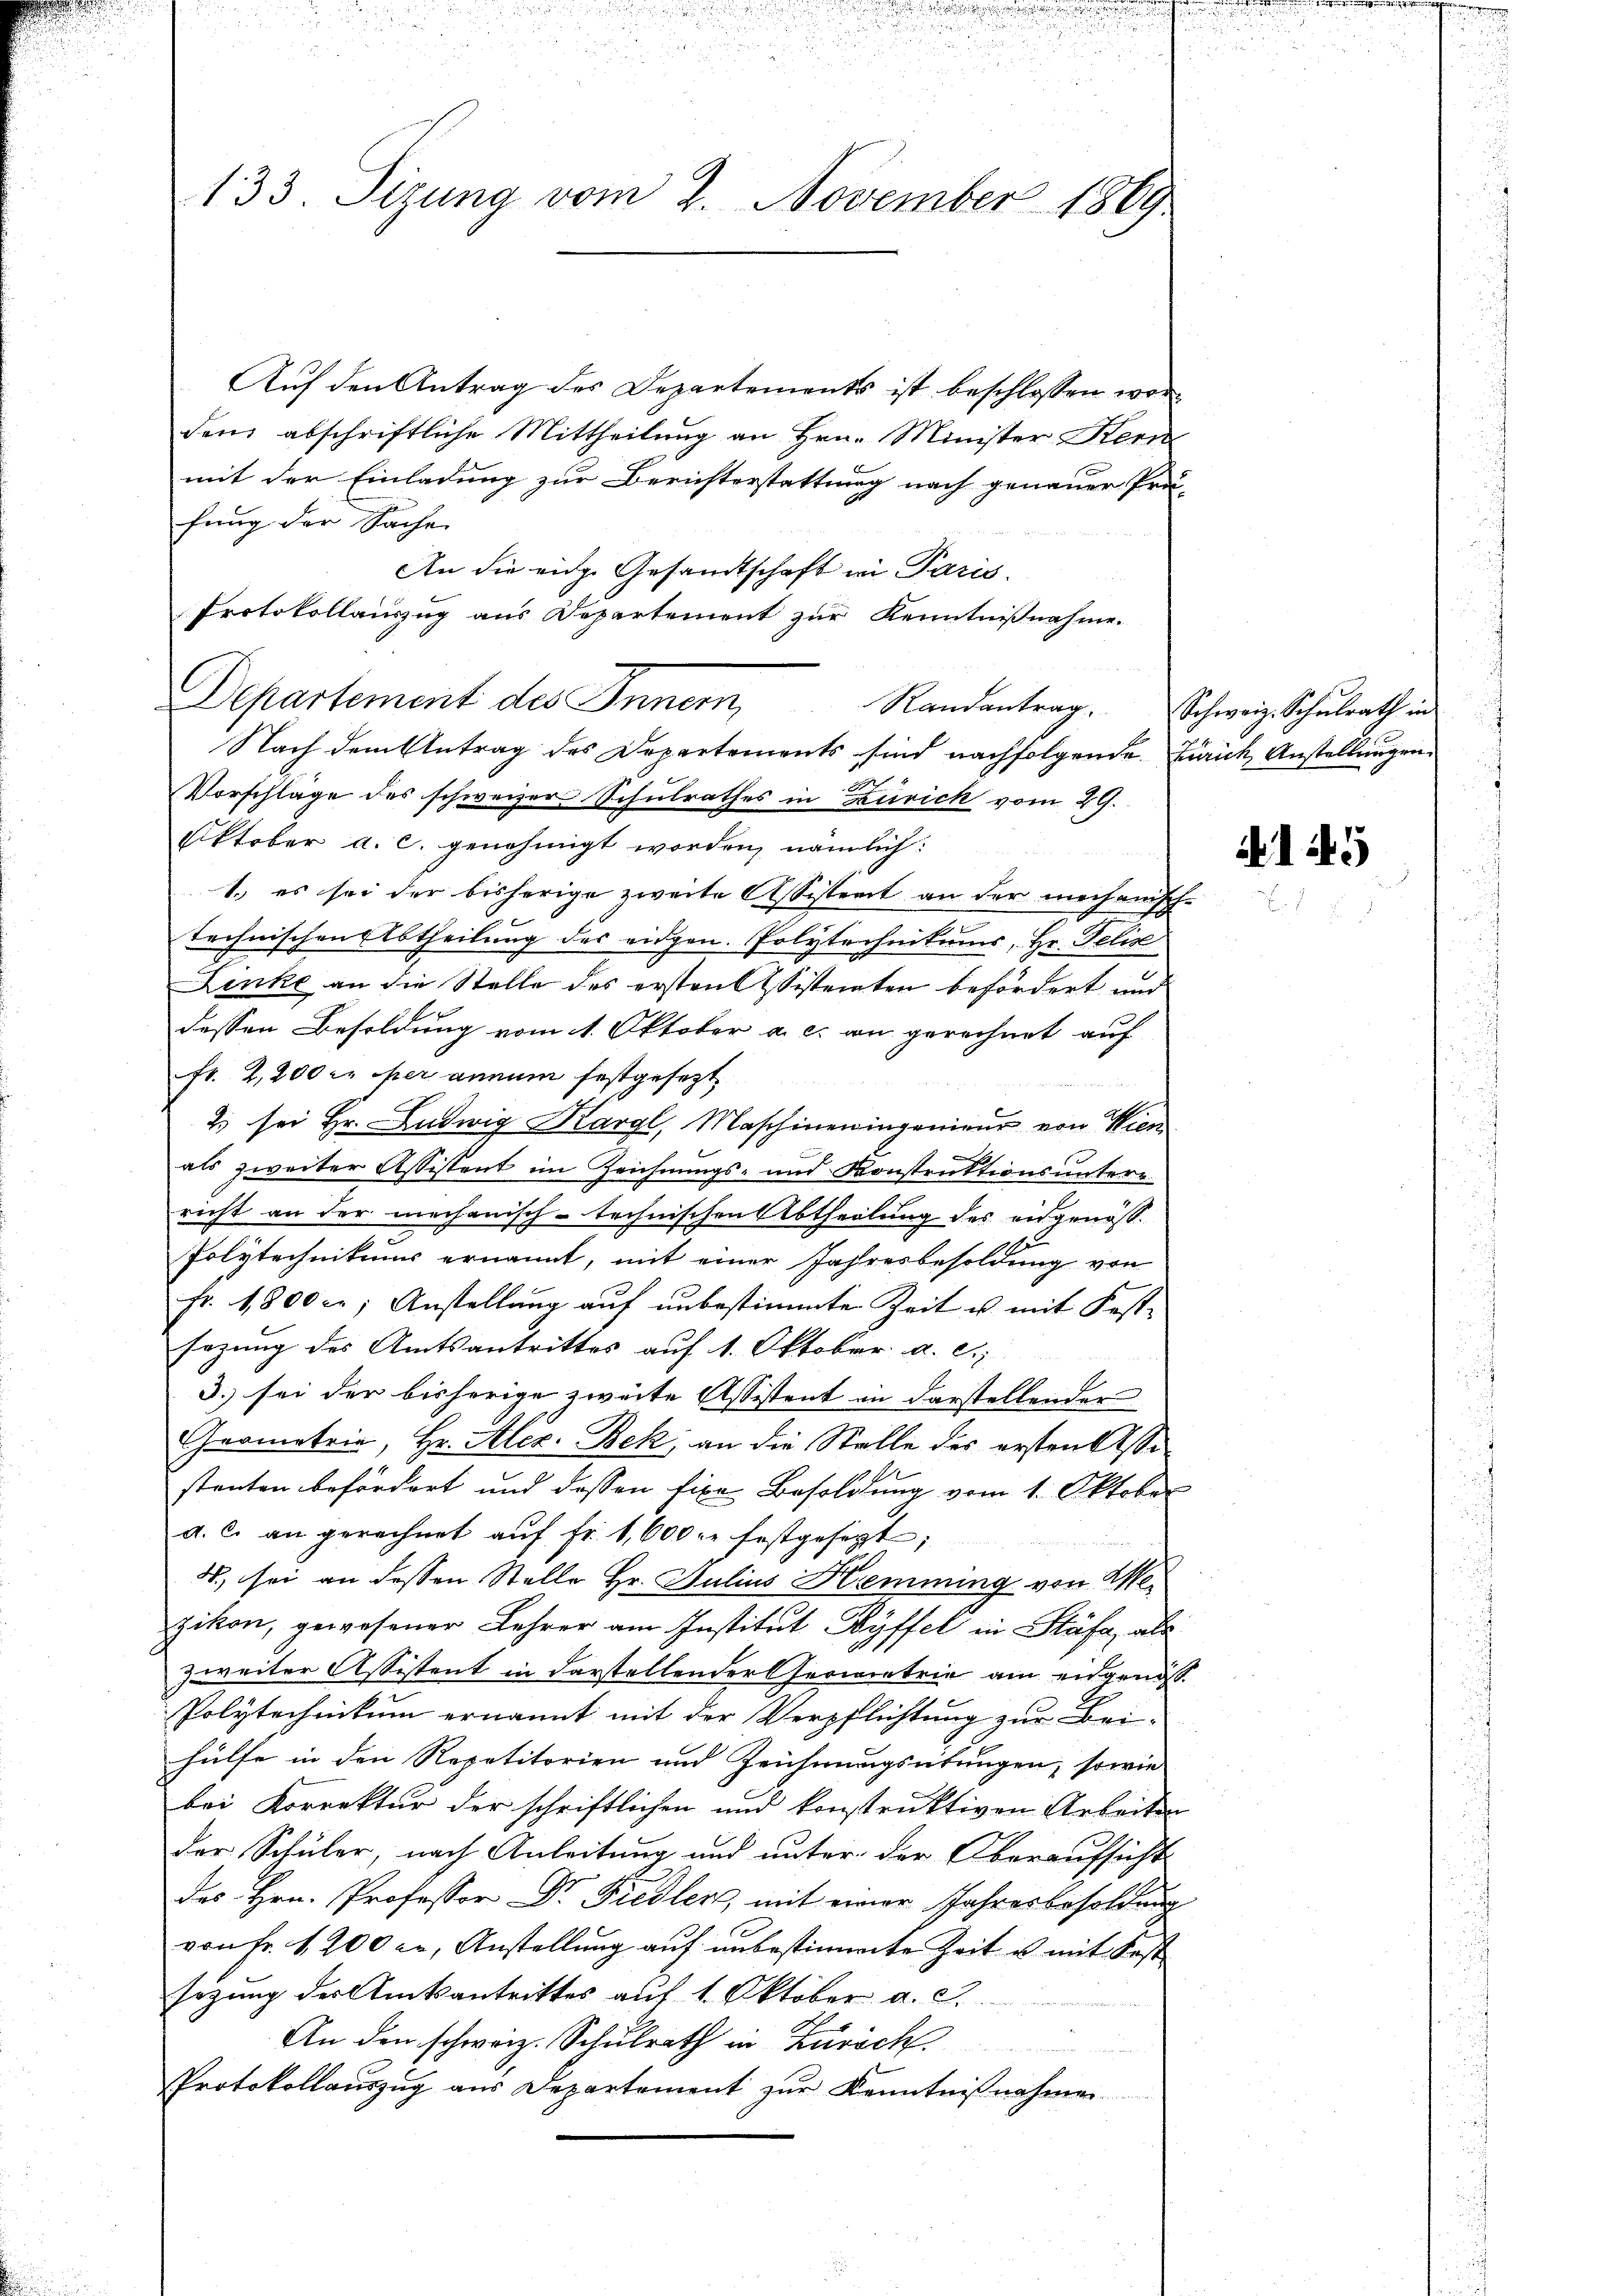
133. Sizung vom 2. November 1869

Auf den Antrag des Departements ist beschlossen worden abschriftliche Mittheilung an Hrn. Minister Kerne
mit der Einladung zur Berichterstattung nach genauer Prä-
fung der Sache
An die eiche Gesandtschaft in Paris.
Protokollauszug aus Departement zur Kenntnißnahme.

Departement des Innern,

Nach dem Antrag des Departements sind nachfolgende Zürich Anstellungen
Vorschlage des schweizer Schulrathes in Zürich vom 29.
Oktober a. c. genehmigt worden, nämlich:
1.) es sei der bisherige zweite Assistent an der mechanisch-
technischen Abtheilung des eidgen. Polytechnikums, Hr. Felix
Linke an die Stelle des ersten Wistenten befördert und
dessen Besoldung vom 1. Oktober a. c. an gerechnet auf
fr. 2,200 r. per annum festgesetzt
2. sei Hr. Ludwig Kargl, Maschineningenieur von Wien
als zweiter Assistent im Zeichnungs- und Konstruktionsuntern
richt an der mechanisch-technischen Abtheilung des eidgenöss
e
Polytechnikums ernannt, mit einer Jahresbesoldung von
Fr. 1800 c; Anstellung auf unbestimmte Zeit u. mit Festsezung des Amtsantrittes auf 1. Oktober a. c.

3. sei der bisherige zweite Assistent in darstellender
Geometrie, Hr. Alex. Bek, an die Stelle des ersten Assestanten befördert und dessen fixe Besoldung vom 1. Oktober
a. c. an gerechnet aŭf fr. 1,600 fr festgesezt;
4., sei an dessen Stelle Hr. Julius Hemming von Mezikon, gewesener Lehrer am Institut Ryffel in Stäfa, als
zweiter Assistent in darstellender Gerieretrie am eidgenöss
Polytechnikum ernannt mit der Verpflichtung zur Bei-
hülfe in den Repetitorien und Zeichnungsübungen, sowie
bei Korrektur der schriftlichen und konstruktiven Arbeiten
der Schüler, nach Anleitung und unter der Oberaufsicht
des Hrn. Professor Dr. Fiedlen, mit einer Jahresbesoldung
von Fr. 1200 er, Anstellung auf unbestimmte Zeit u. mit Fest
sezung der Amtsantrittes auf 1. Oktober a. c.
An den schweiz. Schulrath in Zürich
Protokollauszug aus Departement zur Kenntnißnahme

Randantrag. Schweiz. Schŭlrath in

145